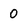
Character: 0